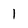
Character: 1